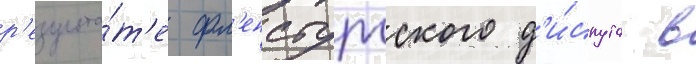
р'езульта́т'е фл'енсбургского д'и́спута в